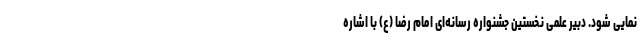
نمایی شود. دبیر علمی نخستین جشنواره رسانه‌ای امام رضا (ع) با اشاره